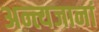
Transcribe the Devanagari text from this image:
अन्त्यजानां